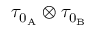
\tau _ { 0 _ { \mathrm { A } } } \otimes \tau _ { 0 _ { \mathrm { B } } }